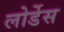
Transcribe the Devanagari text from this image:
लोर्डेस